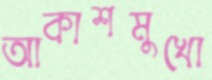
আকাশমুখো